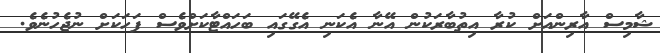
ޝާމިސް އާރިންއަށް ކުރާ އިތުބާރަކުން އޭނާ އެކަނި އެގޭގައި ބަހައްޓާކަށްވެސް ފަހަކަށް ނުޖެހުނެވެ.